Trukikaitis_Postimees, lk 501
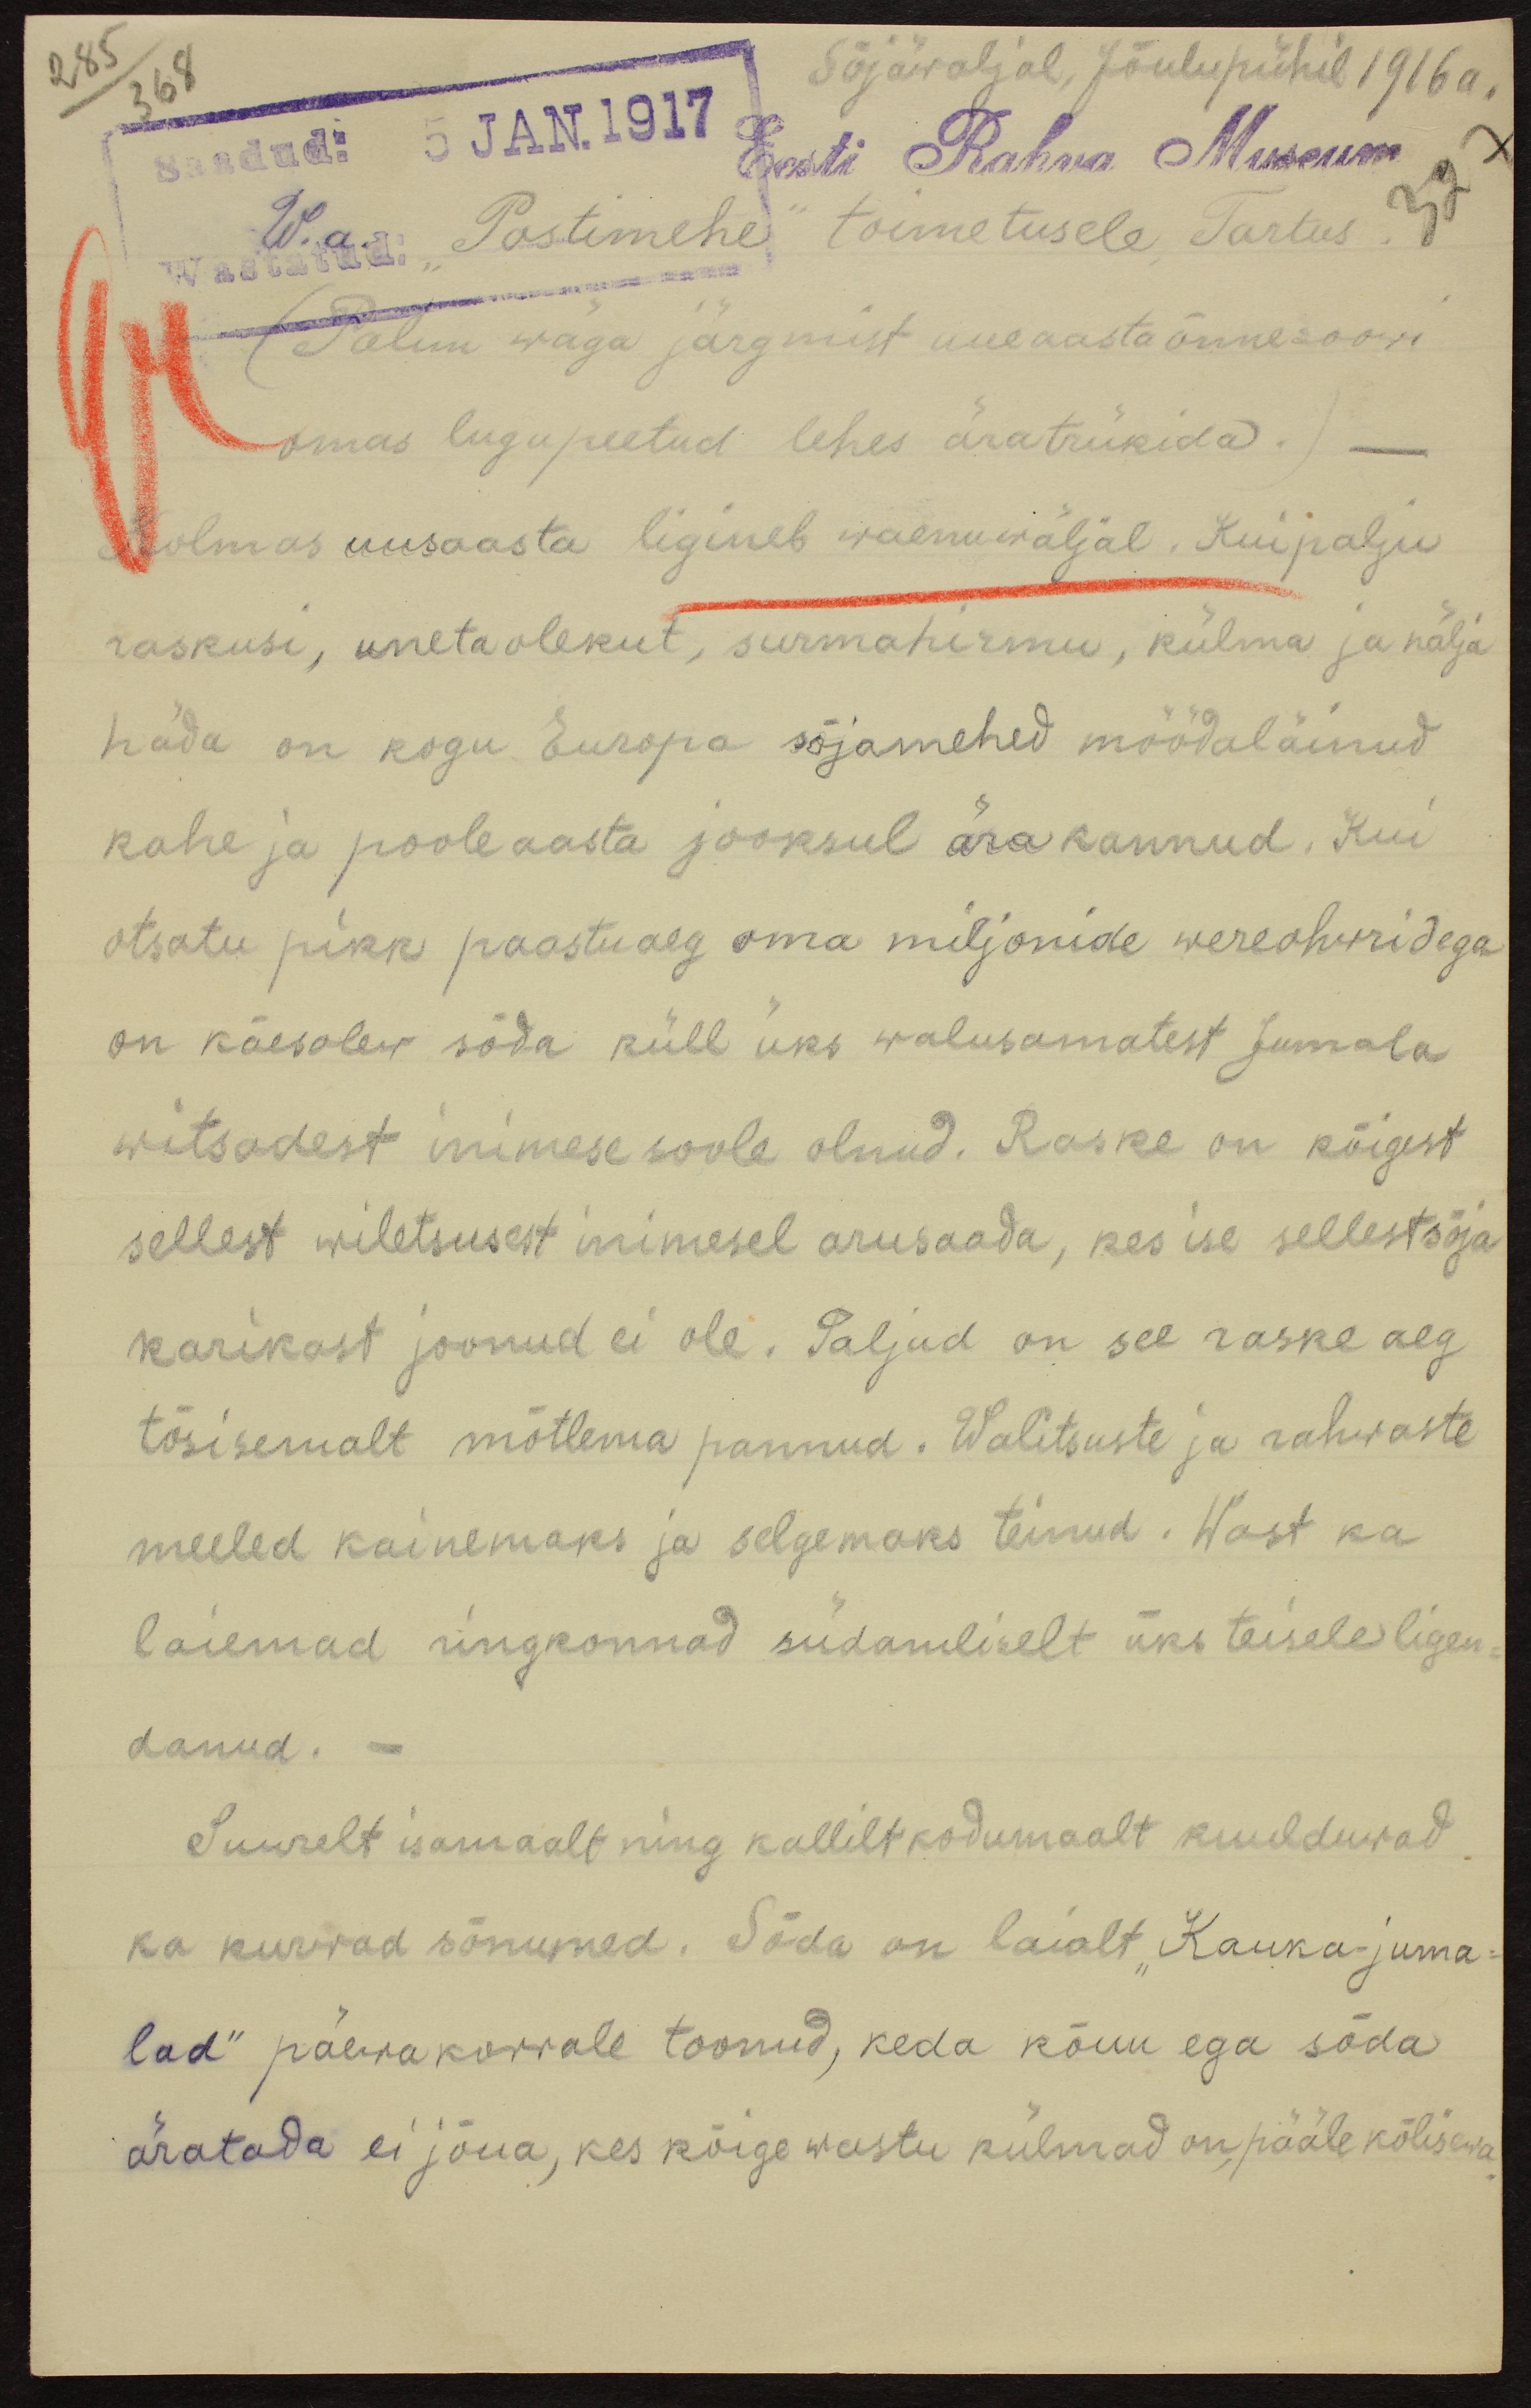
285/368
Sõjäwäljal, Jõulupühil 1916a.
327
W.a. Postimehe" toimetusele, Tartus
(Palun wäga järgmist uue aasta õnnesoowi
omas lugupeetud lehes äratrükida.)
Kolmas uusaasta ligineb waenuwäljal. Kuipalju
raskusi, uneta olekut, surmahirmu, külma ja nälja
häda on kogu Europa sõjamehed möödaläinud
kahe ja poole aasta jooksul ära kannud. Kui
otsatu pikk paastuaeg oma miljonide wereohwridega
on käesolew sõda küll üks walusamatest Jumala
witsadest inimese soole olnud. Raske on kõigest
sellest wiletsusest inimesel arusaada, kes ise sellest sõja
karikast joonud ei ole. Paljud on see raske aeg
tõsisemalt mõtlema pannud. Walitsuste ja rahwaste
meeled kainemaks ja selgemaks teinud. Wast ka
laiemad ringkonnad südamliselt üks teisele ligen-
danud.-
Suurelt isamaalt ning kallilt kodumaalt kuulduwad
ka kurwad sõnumed. Sõda on laialt "Kauka-juma-
lad" päewakorrale toonud, keda kõuu ega sõda
äratada ei jõua, kes kõige wastu külmad on, pääle kõlisewa